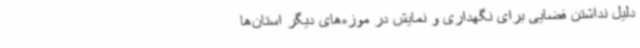
دلیل نداشتن فضایی برای نگهداری و نمایش در موزه‌های دیگر استان‌ها